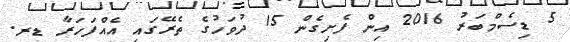
5 ޑިސެމްބަރު 2016 އިން ފެށިގެން 15 ދުވަހުގެ ތެރޭގައި އެއްފަހަރާ ޑރ.